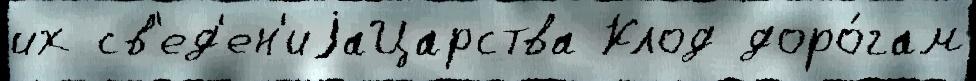
их св'ед'ен'иjаЦарства Клод доро́гам